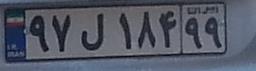
۹۷ل۱۸۴۹۹